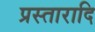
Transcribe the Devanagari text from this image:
प्रस्तारादि